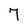
Character: 7